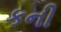
કની